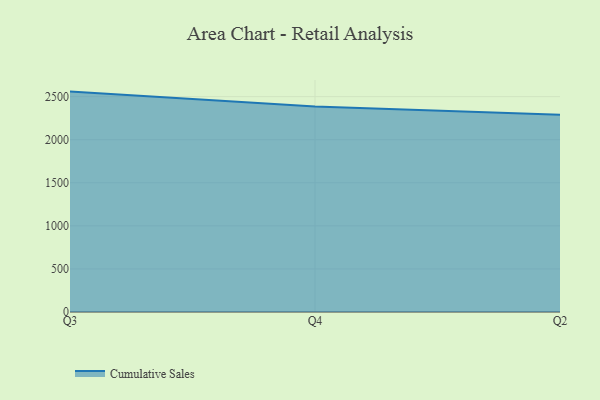
{"axis": {"x": "Quarter", "y": "Customer Acquisition Cost (USD)"}, "legend": ["Cumulative Sales"], "data": [{"x": "Q3", "y": 2558.2, "type": "Cumulative Sales"}, {"x": "Q4", "y": 2384.3, "type": "Cumulative Sales"}, {"x": "Q2", "y": 2288.8, "type": "Cumulative Sales"}]}